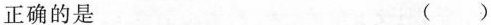
正确的是 ()